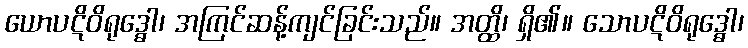
ယောပဋိဝိရုဒ္ဓေါ၊ အကြင်ဆန့်ကျင်ခြင်းသည်။ အတ္ထိ၊ ရှိ၏။ သောပဋိဝိရုဒ္ဓေါ၊